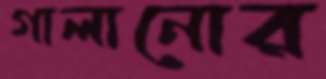
গালানোর